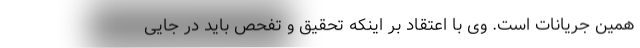
همین جریانات است. وی با اعتقاد بر اینکه تحقیق و تفحص باید در جایی